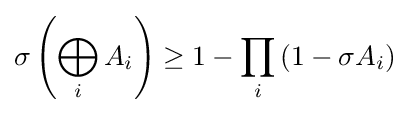
\sigma \left(\bigoplus _{i}A_{i}\right)\geq 1-\prod _{i}\left(1-\sigma A_{i}\right)